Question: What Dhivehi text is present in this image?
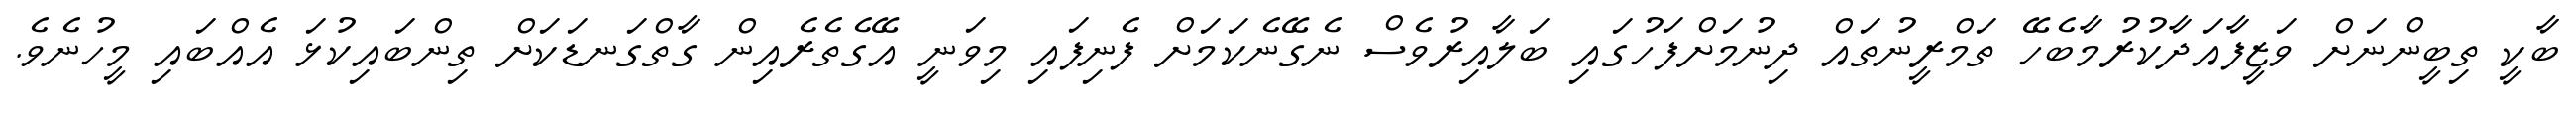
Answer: ބާކީ ތިބީންނަށް ވަޒީފާއަދާކުރުމާބެހޭ ތަމްރީނުތައް ދިނުމަށްފަހުގައި ބަލާއިރުވެސް ނެގޭނެކަމަށް ފެނިފައި މިވަނީ އޭގެތެރެއިން ގާތްގަނޑަކަށް ތިންބައިކުޅަ އެއްބައި މީހުނެވެ.